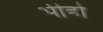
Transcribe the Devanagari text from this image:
भीहो